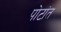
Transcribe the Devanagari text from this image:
पोटांत